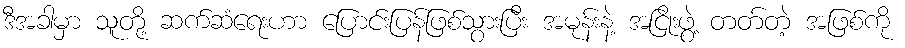
ဒီအခါမှာ သူတို့ ဆက်ဆံရေးဟာ ပြောင်းပြန်ဖြစ်သွားပြီး အမုန်းနဲ့ အငြိုးဖွဲ့ တတ်တဲ့ အဖြစ်ကို